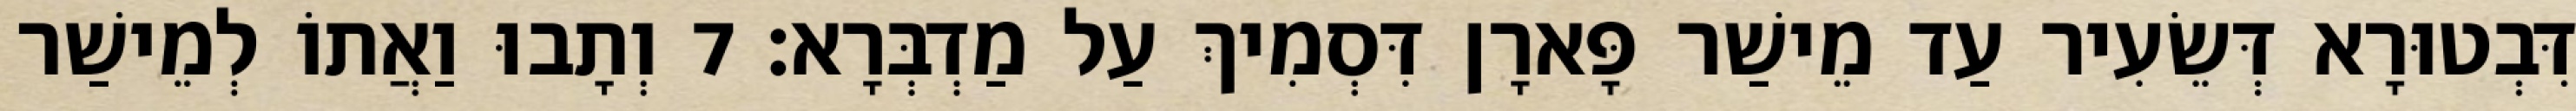
דִּבְטוּרָא דְּשֵׂעִיר עַד מֵישַׁר פָּארָן דִּסְמִיךְ עַל מַדְבְּרָא׃ 7 וְתָבוּ וַאֲתוֹ לְמֵישַׁר